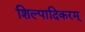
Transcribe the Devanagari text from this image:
शिल्पादिकरम्